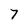
Character: 7